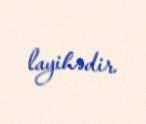
layihədir.